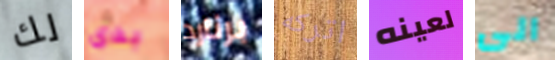
لك بدى برنارد اتركه لعينه الى